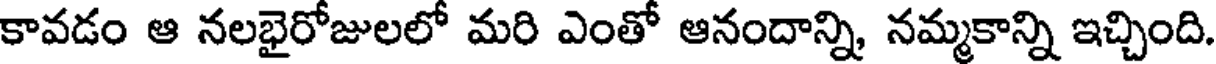
కావడం ఆ నలభైరోజులలో మరి ఎంతో ఆనందాన్ని నమ్మకాన్ని ఇచ్చింది.